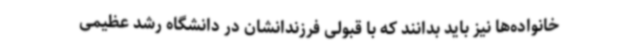
خانواده‌ها نیز باید بدانند که با قبولی فرزندانشان در دانشگاه رشد عظیمی